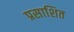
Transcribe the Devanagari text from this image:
प्रसाशित